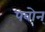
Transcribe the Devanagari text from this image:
पवोन्